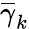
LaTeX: \overline{\gamma}_{k}